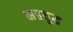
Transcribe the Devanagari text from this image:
महयुद्ध